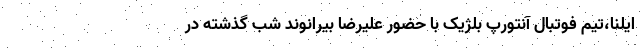
ایلنا،تیم فوتبال آنتورپ بلژیک با حضور علیرضا بیرانوند شب گذشته در